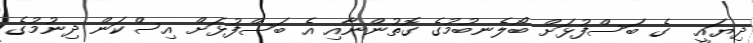
ދިޔައީ  ގެ ބަސްފުޅަށް ބޯލެނބުމުގެ ގޮތުންނާއި އެ ބަސްފުޅަށް އިސްކަން ދިނުމުގެ